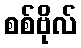
စစ်ဗိုလ်